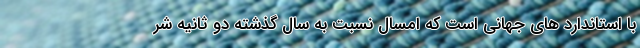
با استاندارد های جهانی است که امسال نسبت به سال گذشته دو ثانیه شر